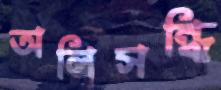
অলিসন্ধি